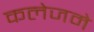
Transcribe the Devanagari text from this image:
कलेजमे